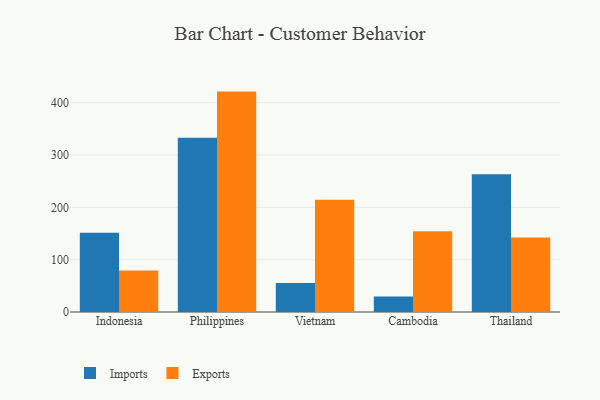
{"axis": {"x": "Country", "y": "Tickets Resolved"}, "legend": ["Exports", "Imports"], "data": [{"x": "Indonesia", "y": 151.4, "type": "Imports"}, {"x": "Indonesia", "y": 79.3, "type": "Exports"}, {"x": "Philippines", "y": 333.0, "type": "Imports"}, {"x": "Philippines", "y": 421.3, "type": "Exports"}, {"x": "Vietnam", "y": 55.6, "type": "Imports"}, {"x": "Vietnam", "y": 214.7, "type": "Exports"}, {"x": "Cambodia", "y": 29.4, "type": "Imports"}, {"x": "Cambodia", "y": 154.2, "type": "Exports"}, {"x": "Thailand", "y": 263.4, "type": "Imports"}, {"x": "Thailand", "y": 142.6, "type": "Exports"}]}